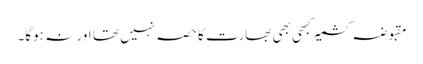
مقبوضہ کشمیر کبھی بھی بھارت کا حصہ نہیں تھا اور نہ ہوگا۔